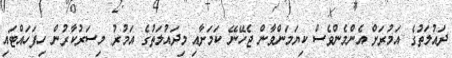
ދައުލަތުގެ އަމުރަށް އެންމެންވެސް ކިޔަމަންވާން ޖެހޭނޭ ކަމަށާއި މިދައުލަތުގެ އަމުރު މިސަރުކާރުން ހިފަހައްޓައި